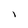
Character: I